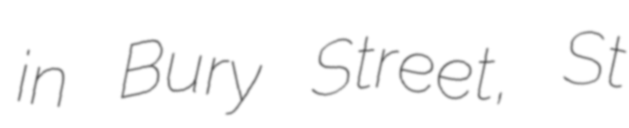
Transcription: in Bury Street, St